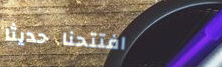
افتتحنا حديثاً